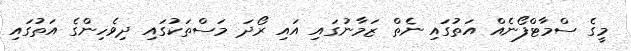
މީގެ ސްމާޓްފޯނެއް އަތުގައި ނެތް ޒަމާނުގައި އައި ރޯދަ މަސްތަކުގައި ދިވެހިންގެ އަތުގައި